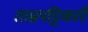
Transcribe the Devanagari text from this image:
ताम्रपट्टिकाएँ